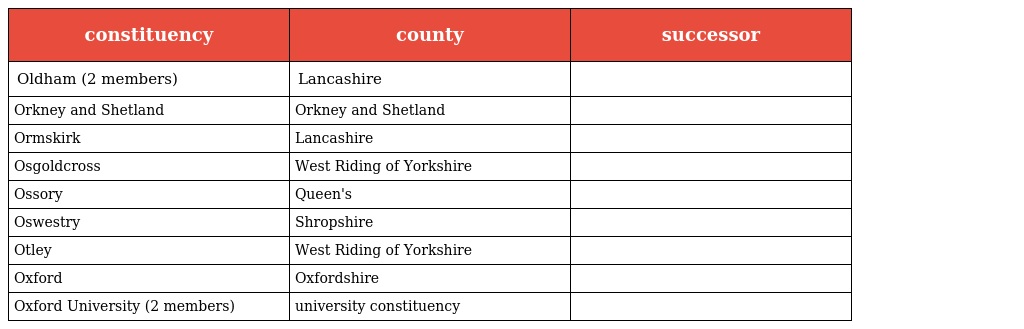
| constituency | county | successor |
 | --- | --- | --- |
 | Oldham (2 members) | Lancashire |  |
 | Orkney and Shetland | Orkney and Shetland |  |
 | Ormskirk | Lancashire |  |
 | Osgoldcross | West Riding of Yorkshire |  |
 | Ossory | Queen's |  |
 | Oswestry | Shropshire |  |
 | Otley | West Riding of Yorkshire |  |
 | Oxford | Oxfordshire |  |
 | Oxford University (2 members) | university constituency |  |